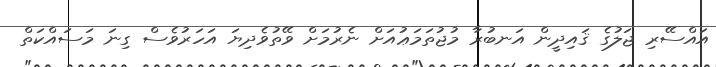
އައްސޭރި ޖަލުގެ ޤައިދީން އަނބުރާ މުޖުތަމަޢުއަށް ނެރުމަށް ވޭތުވެދިޔަ އަހަރުވެސް ގިނަ މަސައްކަތް